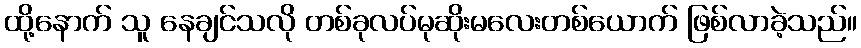
ထို့နောက် သူ နေချင်သလို တစ်ခုလပ်မုဆိုးမလေးတစ်ယောက် ဖြစ်လာခဲ့သည်။